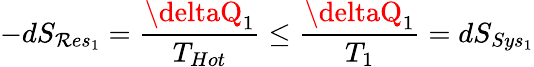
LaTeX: -dS_{\mathcal{R}es_{1}}={\frac{{\deltaQ_{1}}}{{T_{Hot}}}}\leq{\frac{{\deltaQ_{1}}}{{T_{1}}}}=dS_{Sys_{1}}